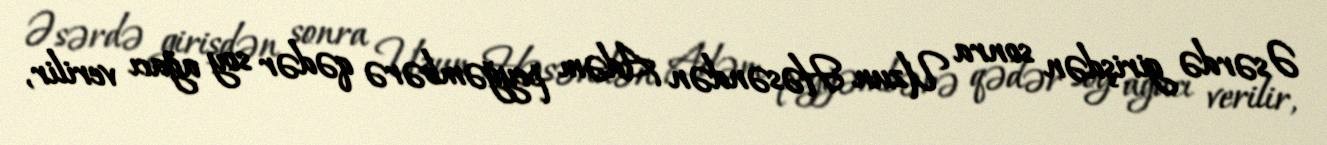
Əsərdə girişdən sonra Uzun Həsəndən Adəm peyğəmbərə qədər soy ağacı verilir,